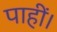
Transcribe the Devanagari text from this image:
पाहीं।